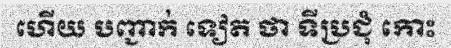
ហើយ បញ្ជាក់ ទៀត ថា ទីប្រជុំ កោះ